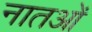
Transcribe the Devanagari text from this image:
नातओं